Civil Veterinary Department. Madras. Admin. report 1926-33 - 1926-1933
Year: 1926
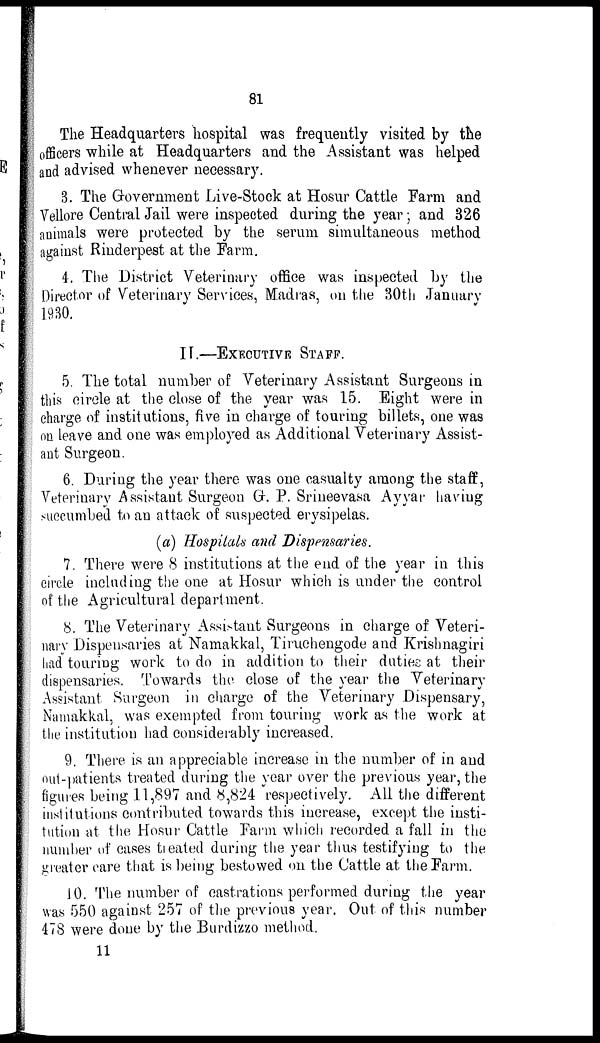
81
The Headquarters hospital was frequently visited by the
officers while at Headquarters and the Assistant was helped
and advised whenever necessary.
3.The Government Live-Stock at Hosur Cattle Farm and
Vellore Central Jail were inspected during the year; and 326
animals were protected by the serum simultaneous method
against Rinderpest at the Farm.
4.The District Veterinary office was inspected by the
Director of Veterinary Services, Madras, on the 30th January
1930.
II.—EXECUTIVE STAFF.
5.The total number of Veterinary Assistant Surgeons in
this circle at the close of the year was 15. Eight were in
charge of institutions, five in charge of touring billets, one was
on leave and one was employed as Additional Veterinary Assist-
ant Surgeon.
6.During the year there was one casualty among the staff,
Veterinary Assistant Surgeon G. P. Srineevasa Ayyar having
succumbed to an attack of suspected erysipelas.
(a) Hospitals and Dispensaries.
7.There were 8 institutions at the end of the year in this
circle including the one at Hosur which is under the control
of the Agricultural department.
8.The Veterinary Assistant Surgeons in charge of Veteri-
nary Dispensaries at Namakkal, Tiruchengode and Krishnagiri
had touring work to do in addition to their duties at their
dispensaries. Towards the close of the year the Veterinary
Assistant Surgeon in charge of the Veterinary Dispensary,
Namakkal, was exempted from touring work as the work at
the institution had considerably increased.
9.There is an appreciable increase in the number of in and
out-patients treated during the year over the previous year, the
figures being 11,897 and 8,824 respectively. All the different
institutions contributed towards this increase, except the insti-
tution at the Hosur Cattle Farm which recorded a fall in the
number of cases treated during the year thus testifying to the
greater care that is being bestowed on the Cattle at the Farm.
10. The number of castrations performed during the year
was 550 against 257 of the previous year. Out of this number
478 were done by the Burdizzo method.
11